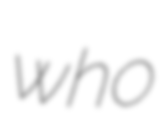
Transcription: who